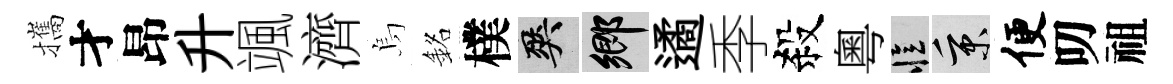
攜才昂升颯濟烏銘樸爽鄉遹季殺粵忆秉便叨祖